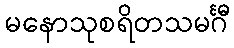
မနောသုစရိတသမင်္ဂီ